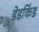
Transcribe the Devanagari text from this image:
डेडकिंड